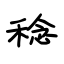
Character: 稔